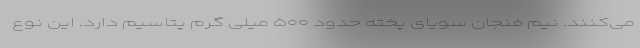
می‌کنند. نیم فنجان سویای پخته حدود ۵۰۰ میلی گرم پتاسیم دارد. این نوع